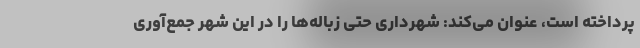
پرداخته است، عنوان می‌کند: شهرداری حتی زباله‌ها را در این شهر جمع‌آوری